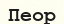
Пеор